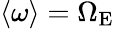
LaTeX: \langle\omega\rangle=\Omega_{\mathrm{E}}